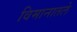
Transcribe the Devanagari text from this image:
विमानातले